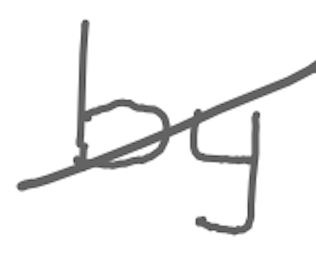
Text: by
Cross-out: diagonal
Writing tool: digital_gray